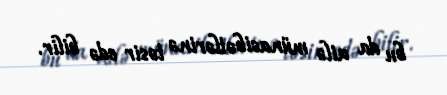
bu da ailə münasibətlərinə təsir edə bilir.